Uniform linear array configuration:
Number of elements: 64
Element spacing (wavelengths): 0.25
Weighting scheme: uniform
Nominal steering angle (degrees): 0
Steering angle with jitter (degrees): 0.1583
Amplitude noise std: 0.05
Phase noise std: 0.05

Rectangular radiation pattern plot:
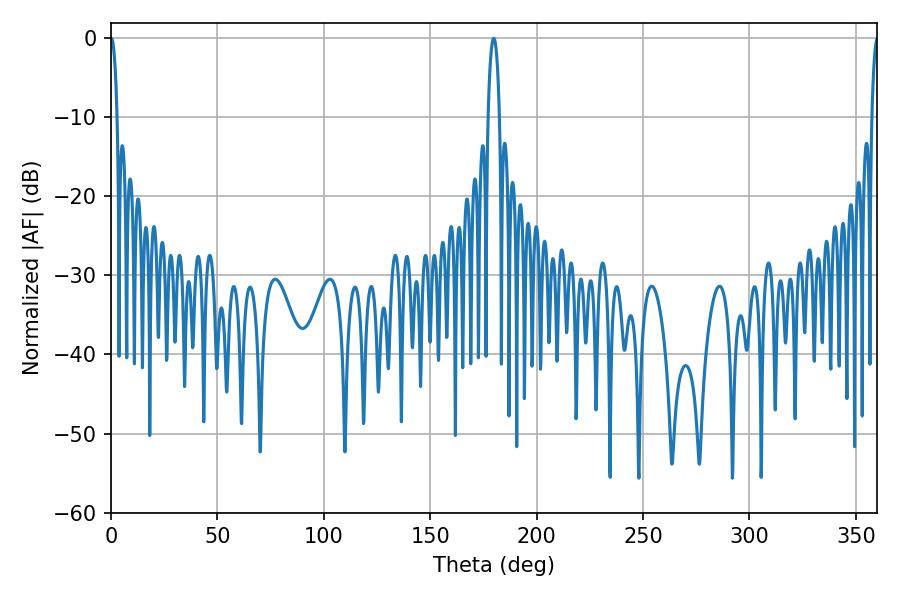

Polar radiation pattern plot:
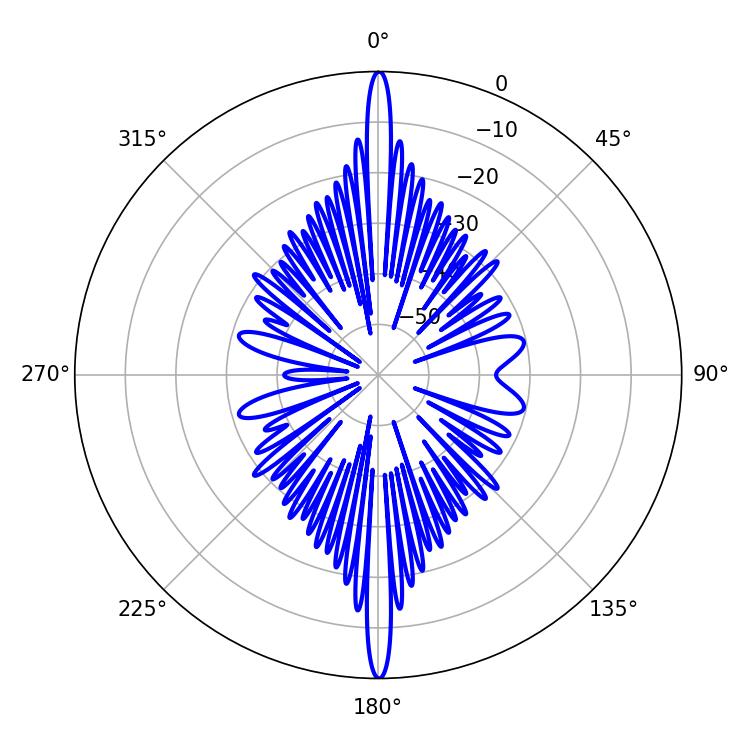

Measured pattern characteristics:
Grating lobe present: FALSE
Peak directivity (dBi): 35.421
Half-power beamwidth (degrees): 1.62
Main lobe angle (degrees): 0.18